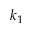
k _ { 1 }